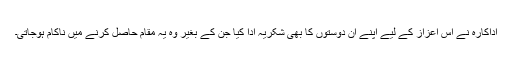
اداکارہ نے اس اعزاز کے لیے اپنے ان دوستوں کا بھی شکریہ ادا کیا جن کے بغیر وہ یہ مقام حاصل کرنے میں ناکام ہوجاتی۔